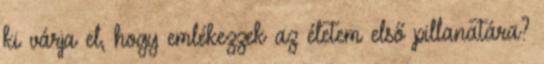
ki várja el, hogy emlékezzek az életem első pillanatára?